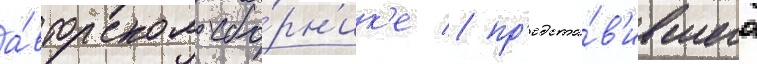
а́вторском сбо́рн'ик'е / пр'едста́в'ившего